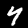
Label: 4